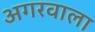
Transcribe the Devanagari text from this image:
अगरवाला